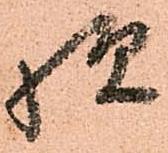
様